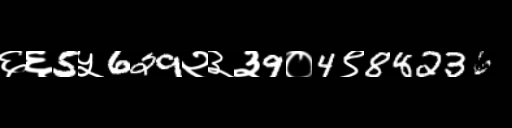
Text: ६६5५629२३३9०4९88236